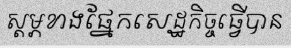
ស្តម្ភខាងផ្នែកសេដ្ឋកិច្ចធ្វើបាន